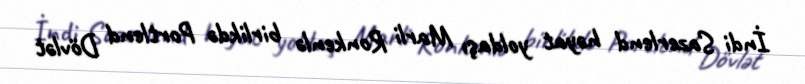
İndi Sazerlend həyat yoldaşı Marli Ronkenlə birlikdə Portlend Dövlət